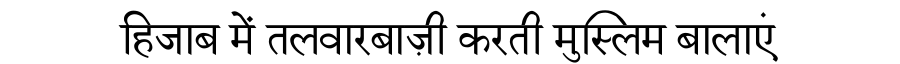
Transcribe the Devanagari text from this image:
हिजाब में तलवारबाज़ी करती मुस्लिम बालाएं